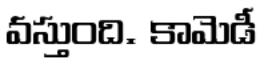
వస్తుంది. కామెడీ